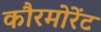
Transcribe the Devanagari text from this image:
कौरमोरेंट